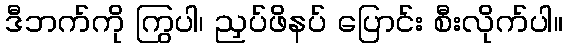
ဒီဘက်ကို ကြွပါ၊ ညှပ်ဖိနပ် ပြောင်း စီးလိုက်ပါ။